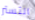
التستر